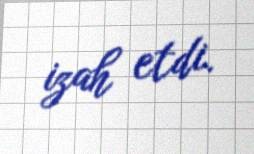
izah etdi.